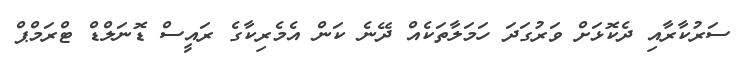
ސަރުކާރާއި ދެކޮޅަށް ވަރުގަދަ ހަމަލާތަކެއް ދޭނެ ކަން އެމެރިކާގެ ރައީސް ޑޮނަލްޑް ޓްރަމްޕް